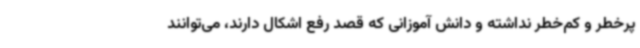
پرخطر و کم‌خطر نداشته و دانش آموزانی که قصد رفع اشکال دارند، می‌توانند